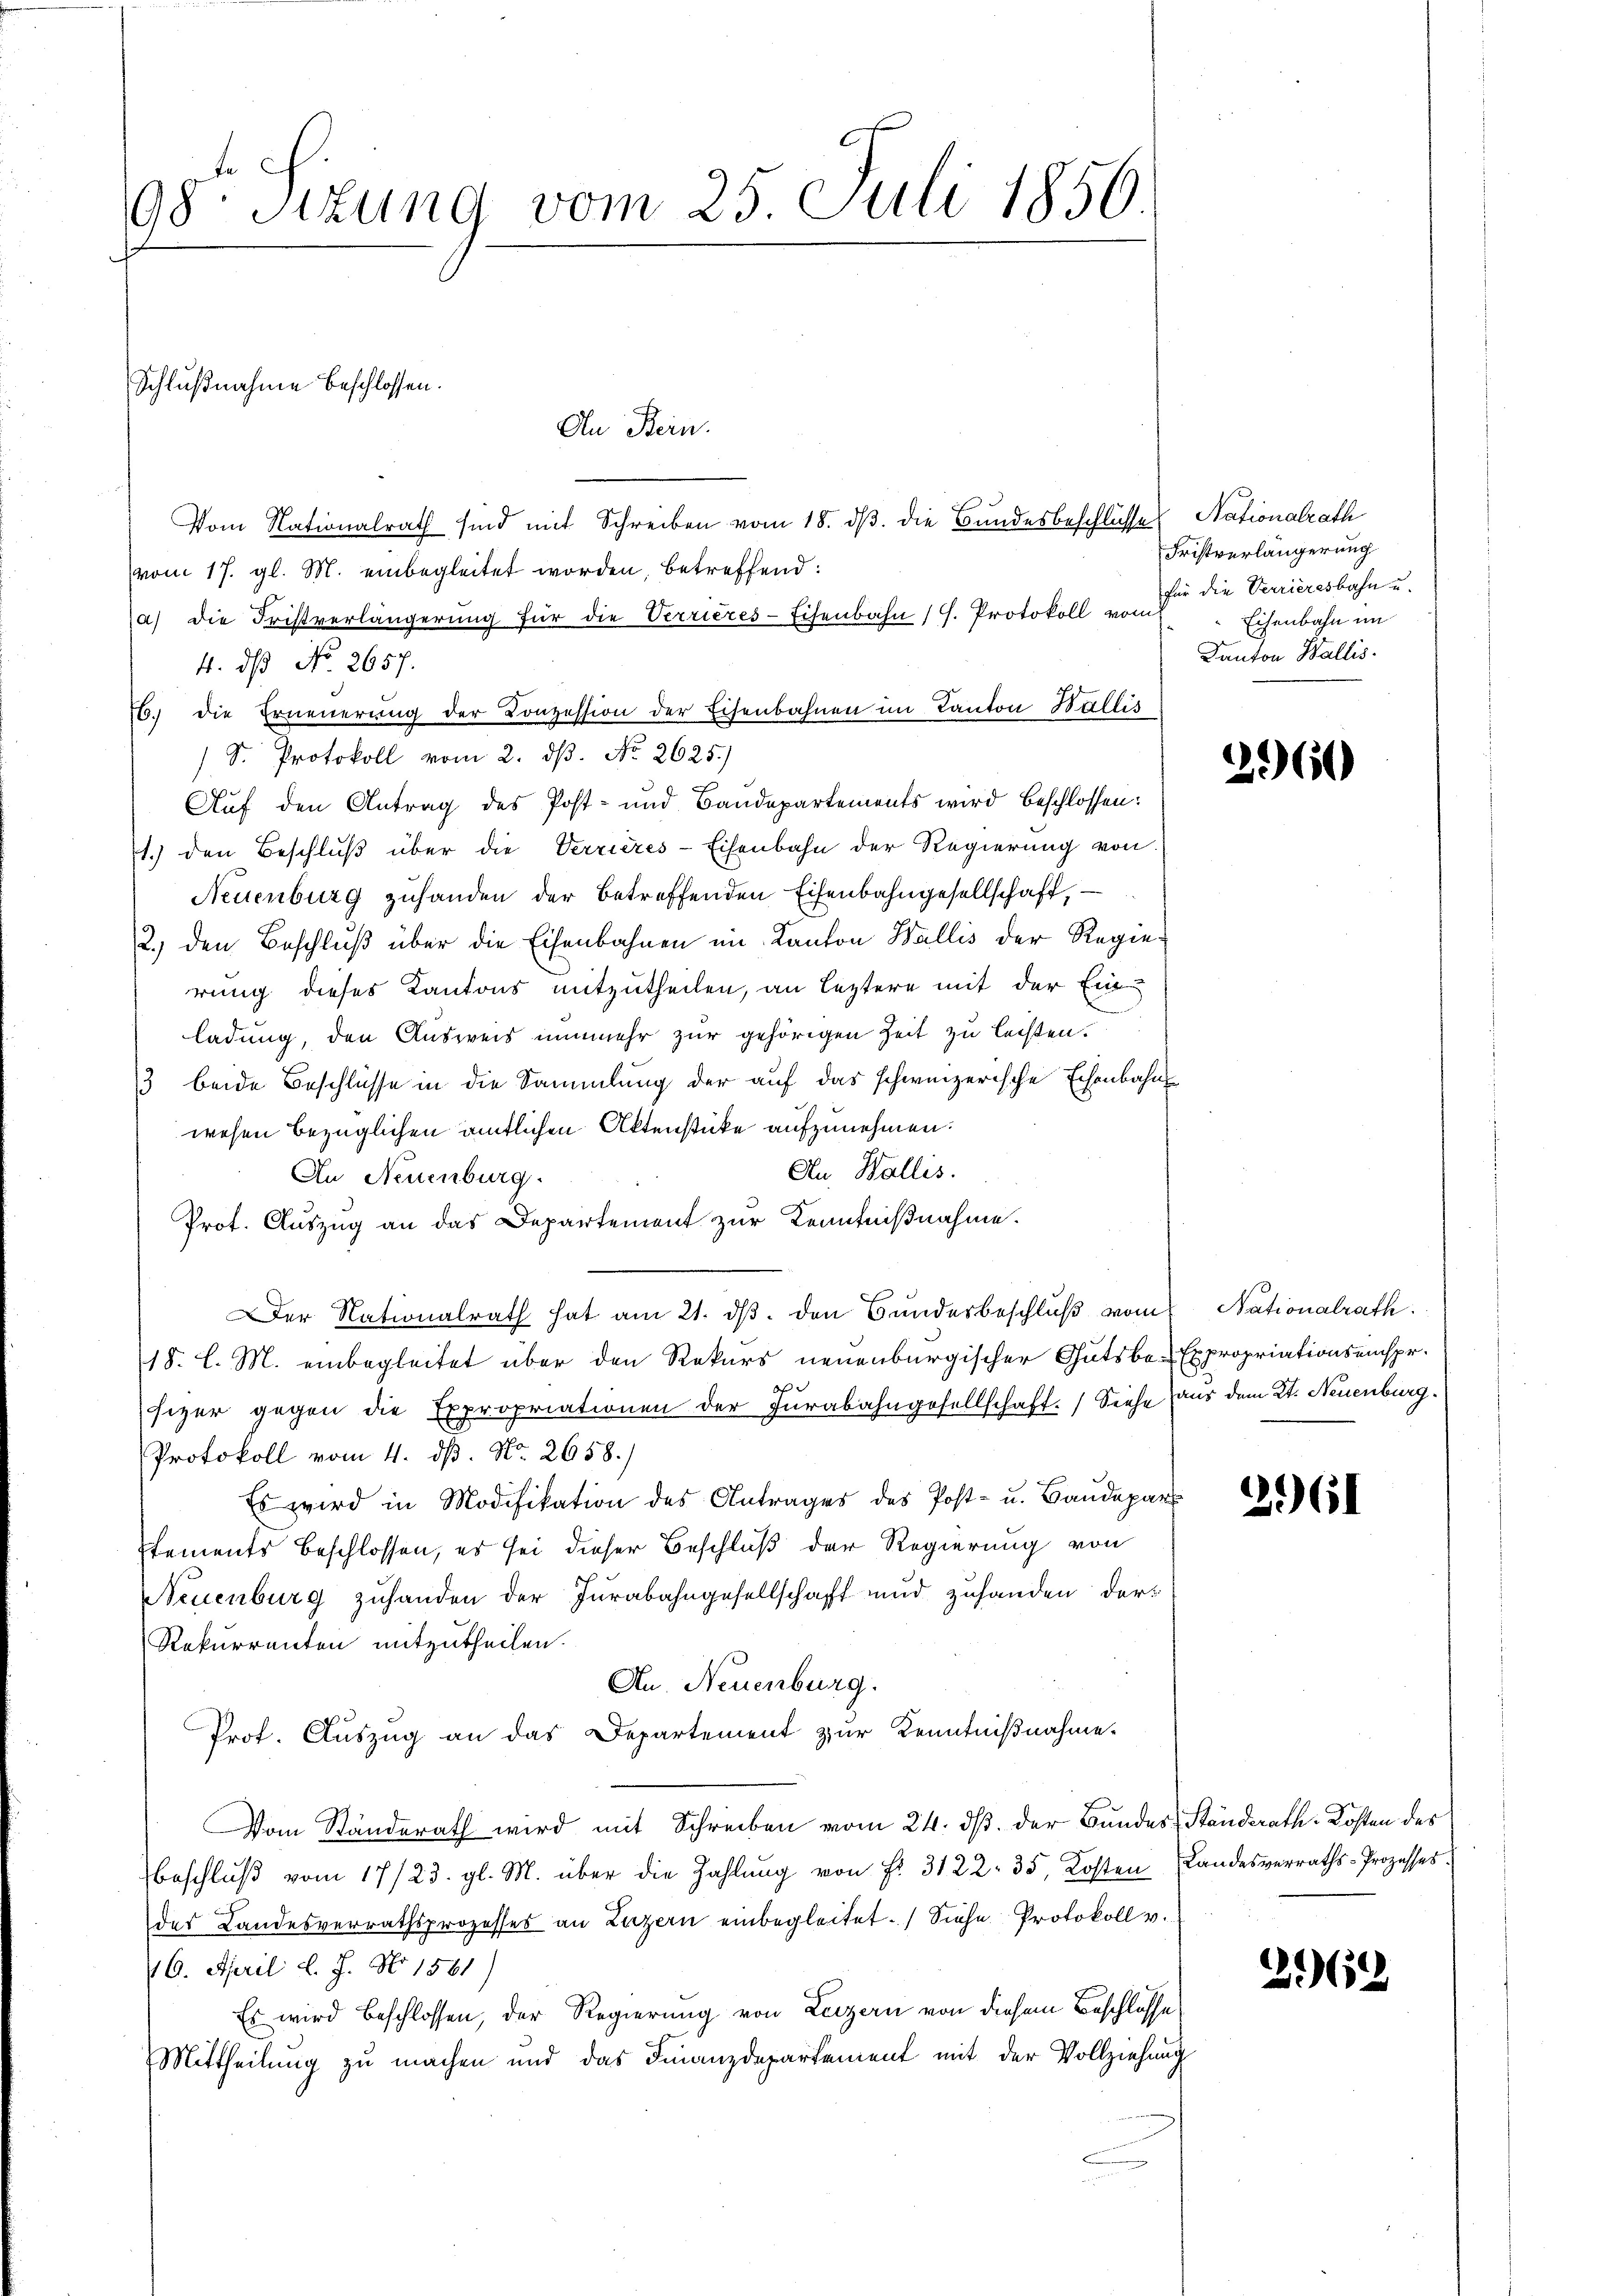
98te Sizung vom 25 Juli 1856.

Schlußnahme beschlossen.

An Bern.
Vom Nationalrath sind mit Schreiben vom 18. ds. die Bundesbeschlüsse
vom 17. gl. M. einbegleitet worden, betreffend:
a) die Fristverlängerung für die Verrieres-Eisenbahn (C. Protokoll vom
4. dß No 2657.
6) die Erneuerung der Conzession der Eisenbahnen im Kanton Wallis
S. Protokoll vom 2. ds. No. 2625.)
Auf den Antrag des Post- und Bandepartements wird beschlossen:
1.) den Beschluß über die Verrieres-Eisenbahn der Regierung von
Neuenburg zuhanden der betreffenden Eisenbahngesellschaft, –
2.) den Beschluß über die Eisenbahnen im Kanton Wallis der Regierung dieses Kantons mitzutheilen, an leztere mit der Einladung, den Ausweis nunmehr zur gehörigen Zeit zu leisten.
13 beide Beschlüsse in die Sammlung der auf das schweizerische Echenbahnwesen bezüglichen amtlichen Aktenstücke aufzunehmen.
Au, Wallis.
In Neuenburg.
Prot. Auszug an das Departement zur Kenntnißnahme.
er Nationalrath hat am 21. dβ. den Bunderbeschlŭβ vom Nationalrath
18. l. M. einbegleitet über den Rekurs neuenburgischer Gutsbe-Expropriationseinspr.
of
sizer gegen die Expropriationen der Jurabahngesellschaft. Siehe aus dem 2t. Neuenburg.
Protokoll vom 4. ds. No. 2658.)
Es wird in Modifikation des Antrages des Post- u. Baudepar
stements beschlossen, es sei dieser Beschluß der Regierung von
Neuenburg zuhanden der Jurabahngesellschaft und zuhanden der¬
Rekurrenten mitzutheilen.
Au. Neuenburg.
Prof. Auszug an das Departement zur Kenntnißnahme
Vom Ständerath wird mit Schreiben vom 24. dβ der Bundes Ständerath Kosten des
Beschluß vom 17/23. gl. M. über die Zahlung von Fr. 3122. 35, Kosten Landesverraths-Prozesses.
des Landesverrathsprozesses an Luzern einbegleitet. Siehe Protokoll v.
16. April l. J. No 1561)
Es wird beschlossen, der Regierung von Luzern von diesem Beschlosse
Mittheilung zu machen und das Finanzdepartement mit der Vollziehung

Nationalrath
Fristverlängerung
für die Verrieresbahn u.
Eisenbahn im
Kanton Wallis.

2960

261

2962